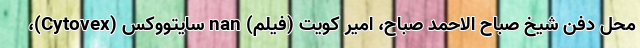
محل دفن شیخ صباح الاحمد صباح، امیر کویت (فیلم) nan سایتووکس (Cytovex)،